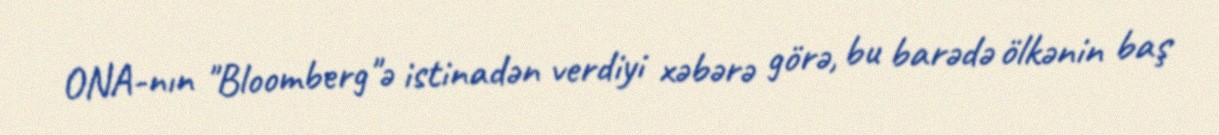
ONA-nın "Bloomberg"ə istinadən verdiyi xəbərə görə, bu barədə ölkənin baş